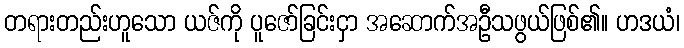
တရားတည်းဟူသော ယဇ်ကို ပူဇော်ခြင်းငှာ အဆောက်အဦသဖွယ်ဖြစ်၏။ ဟဒယံ၊